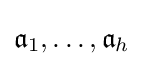
{\mathfrak {a}}_{1},\ldots ,{\mathfrak {a}}_{h}